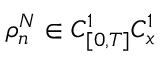
\rho _ { n } ^ { N } \in C _ { [ 0 , T ] } ^ { 1 } C _ { x } ^ { 1 }